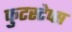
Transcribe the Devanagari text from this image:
फुटस्टेप्स